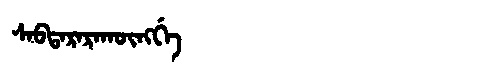
Manchu: ᠰᠠᠪᡨᠠᡵᠠᡵᠠᡴᡡᠩᡤᡝ
Romanization: SABTARARAKŪNGGE